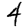
Digit: 4